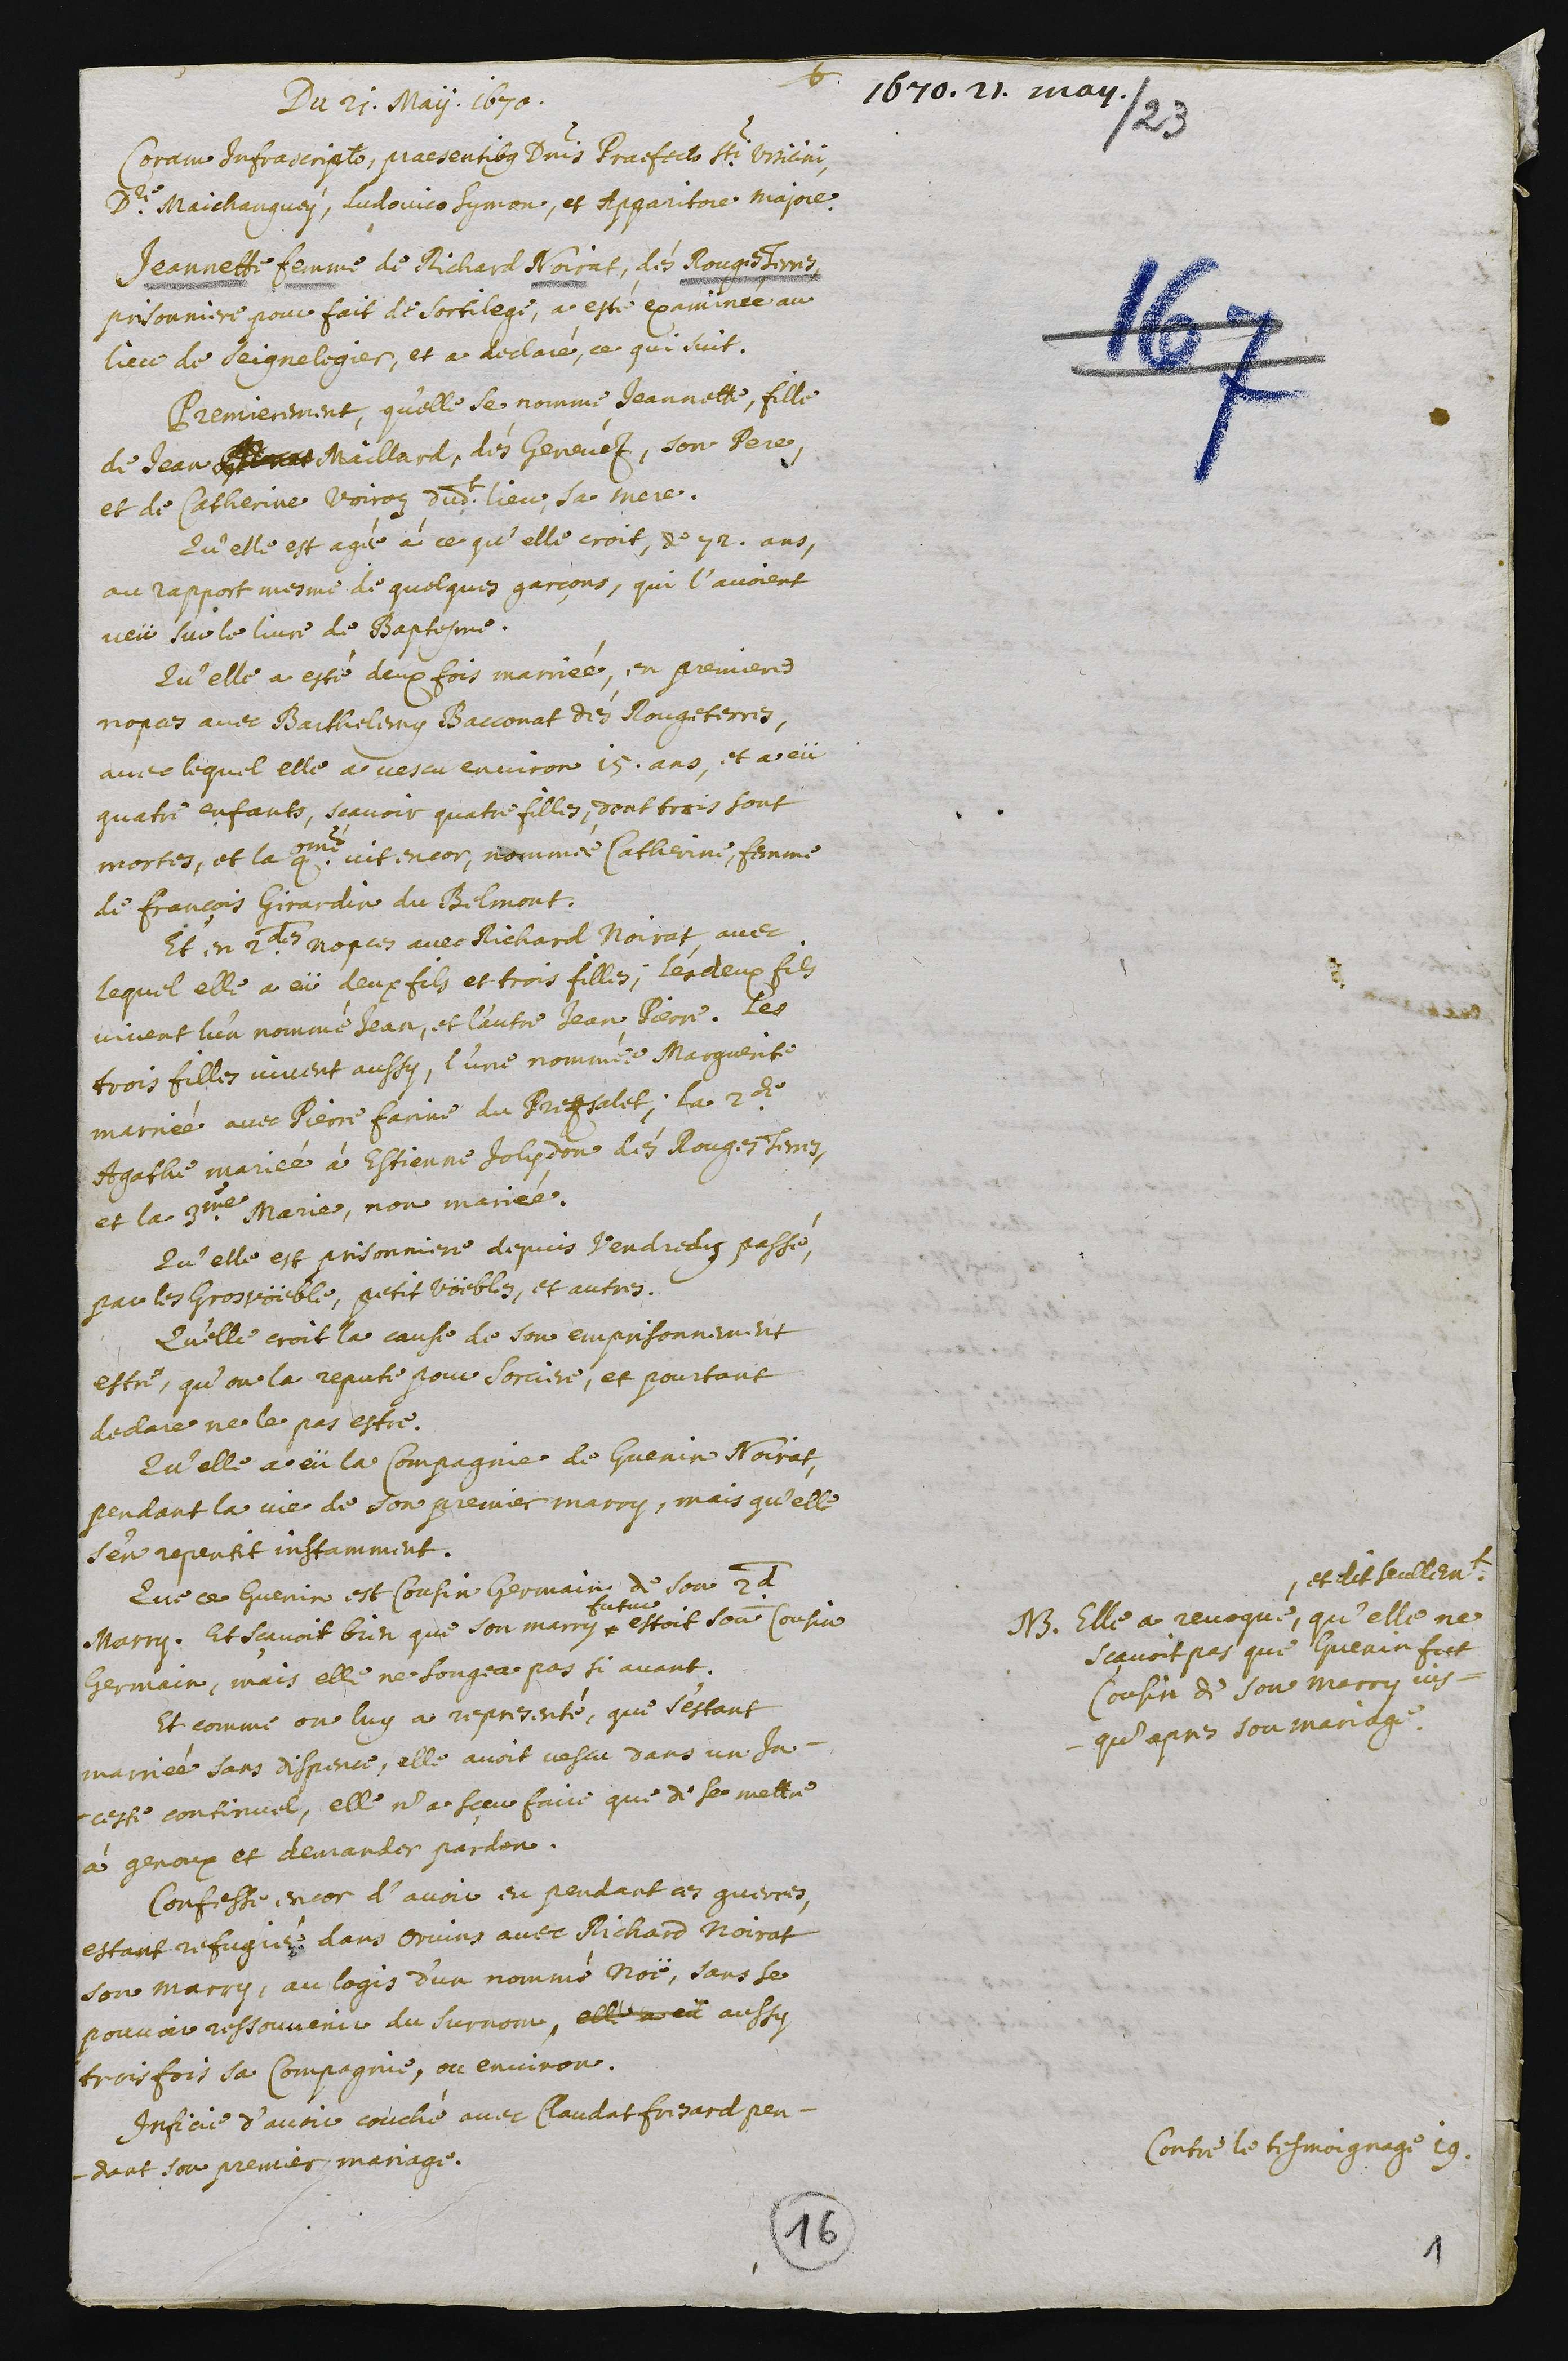
+
1670. 21. may.
Du 21. May. 1670.
Coram infrascripto, praesentibus Dominis praefectos Sancti Ursicini,
Doctore Maichanguey, Ludovico Symon, et Apparitore majore.
Jeannette femme de Richard Noirat, dés Rouges Terres,
prisonniere pour fait de sortilege, a esté examinée au
lieu de Seignelegier, et a declaré, ce qui suit.
Premierement, qu’elle se nomme Jeannette, fille
de Jean ??? Maillard, dés Genevéz, son Pere,
et de Catherine Voiroz dudit lieu, sa mere.
Qu’elle est agée à ce qu’elle croit, de 72. ans,
au rapport mesme de quelques garçons, qui l’avoient
veü sur le livre de Baptesme.
Qu’elle a esté deux fois marriée, en premiere
nopces avec Barthelemy Bacconat des Rouges Terres,
avec lequel elle a vescu environ 15. ans, et a eü
quatre enfants, sçavoir quatre filles, dont trois sont
mortes, et la 4eme vit encor, nommée Catherine, femme
de François Girardin du Belmont.
Et en 2des nopces avec Richard Noirat, avec
lequel elle a eü deux fils et trois filles. Les deux fils
vivent, l’un nommé Jean, et l’autre Jean Pierre. Les
trois filles vivent aussy, l’une nommée Marguerite
marriée avec Pierre Farine du Prezsalet. La 2de,
Agathe, mariée à Estienne Jolydon dés Rouges Terres,
et la 3me Marie, non mariée.
Qu’elle est prisonniere depuis vendredy passé,
par les gros vöeble, petit vöebles, et autres.
Qu’elle croit la cause de son emprisonnement
estre, qu’on la repute pour sorciere, et pourtant
declare ne le pas estre.
Qu’elle a eü la compagnie de Guenin Noirat,
pendant la vie de son premier marry, mais qu’elle
s’en repentit instamment.
Que ce Guenin est cousin germain de son 2d
marry, et sçavoit bien que son marry
futur
estoit son cousin
germain, mais elle ne songea pas si avant.
NB Elle a revoqué,
, et dit seulement
qu'elle ne
sçavoit pas que Guenin fut
cousin de son marry jus-
qu’apres son mariage.
Et comme on luy a representé, que s’estant
marriée sans dispence, elle avoit vescu dans un in-
ceste continuel, elle n’a sçeu faire que de se mettre
à genoux et demander pardon.
Confesse encor d’avoir eu pendant ces guerres,
estant refugiée dans Orvins avec Richard Noirat
son marry, au logis d’un nommé Noë, sans se
pouvoir ressouvenir du surnom, elle a eü aussy
trois fois sa compagnie, ou environ.
Contre le tesmoignage 19.
Inficie d’avoir couché avec Claude Fresard pen-
dant son premier mariage.